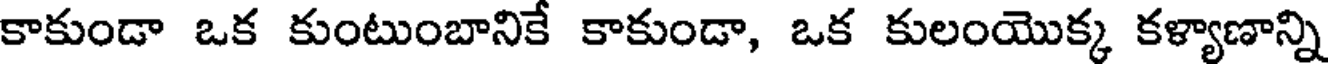
కాకుండా ఒక కుంటుంబానికే కాకుండా, ఒక కులంయొక్క కళ్యాణాన్ని